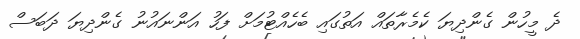
ދެ މީހުން ގެންދިޔަ ކެމެރާތައް އަތުގައި ބެހެއްޓުމަށް ފަހު އަންނައުނު ގެންދިޔަ ދަބަސް